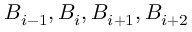
B _ { i - 1 } , B _ { i } , B _ { i + 1 } , B _ { i + 2 }